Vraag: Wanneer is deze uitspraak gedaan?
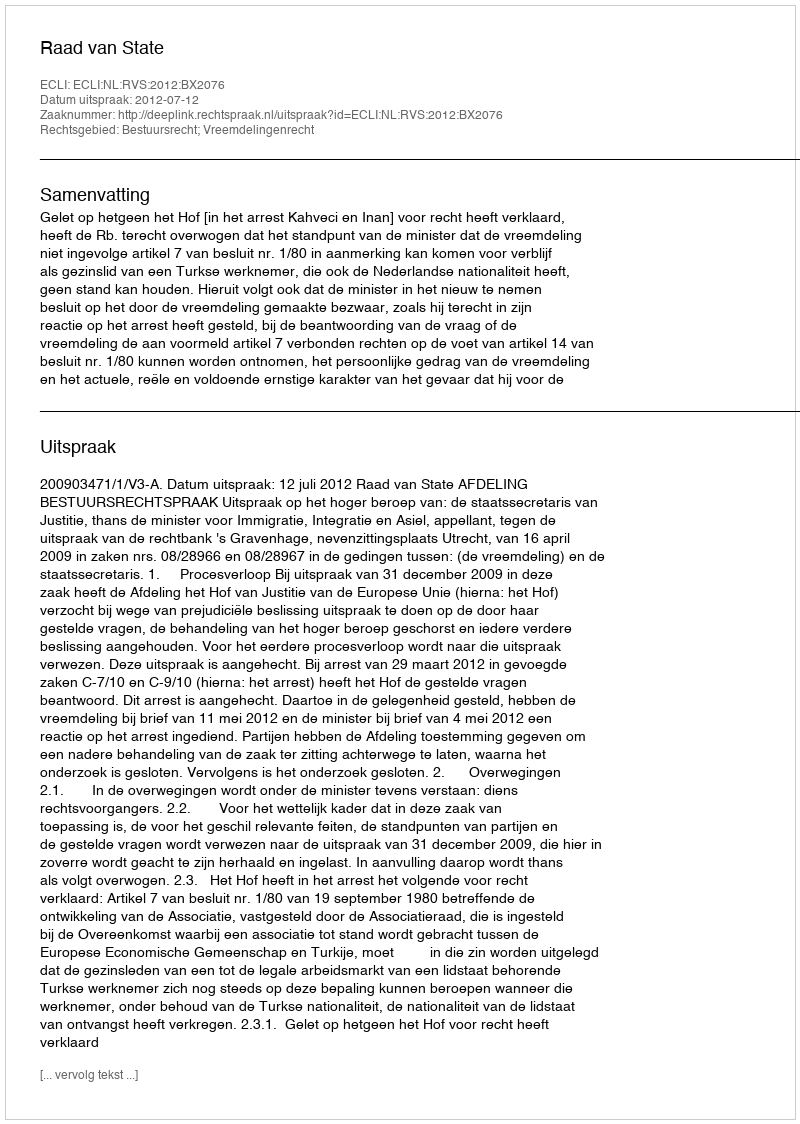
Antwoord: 2012-07-12